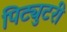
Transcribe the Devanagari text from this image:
पिट्युटरी